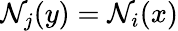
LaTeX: \mathcal{N}_{j}(y)=\mathcal{N}_{i}(x)